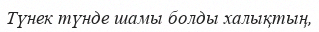
Түнек түнде шамы болды халықтың,